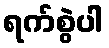
ရက်စွဲပါ